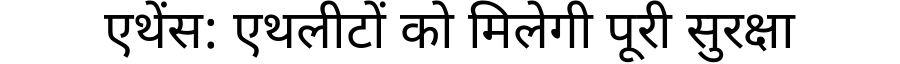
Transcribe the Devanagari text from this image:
एथेंस: एथलीटों को मिलेगी पूरी सुरक्षा